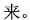
来。